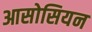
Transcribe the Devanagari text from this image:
आसोसियन